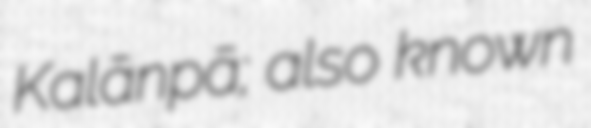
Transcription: Kalānpā; also known